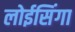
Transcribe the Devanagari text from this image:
लोईसिंगा